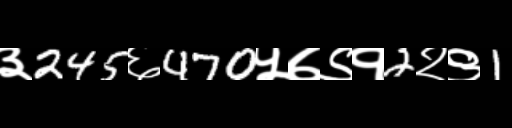
Text: ३245६470५७९१2२९1